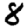
Digit: 8